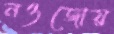
নওজোয়